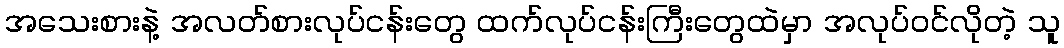
အသေးစားနဲ့ အလတ်စားလုပ်ငန်းတွေ ထက်လုပ်ငန်းကြီးတွေထဲမှာ အလုပ်ဝင်လိုတဲ့ သူ